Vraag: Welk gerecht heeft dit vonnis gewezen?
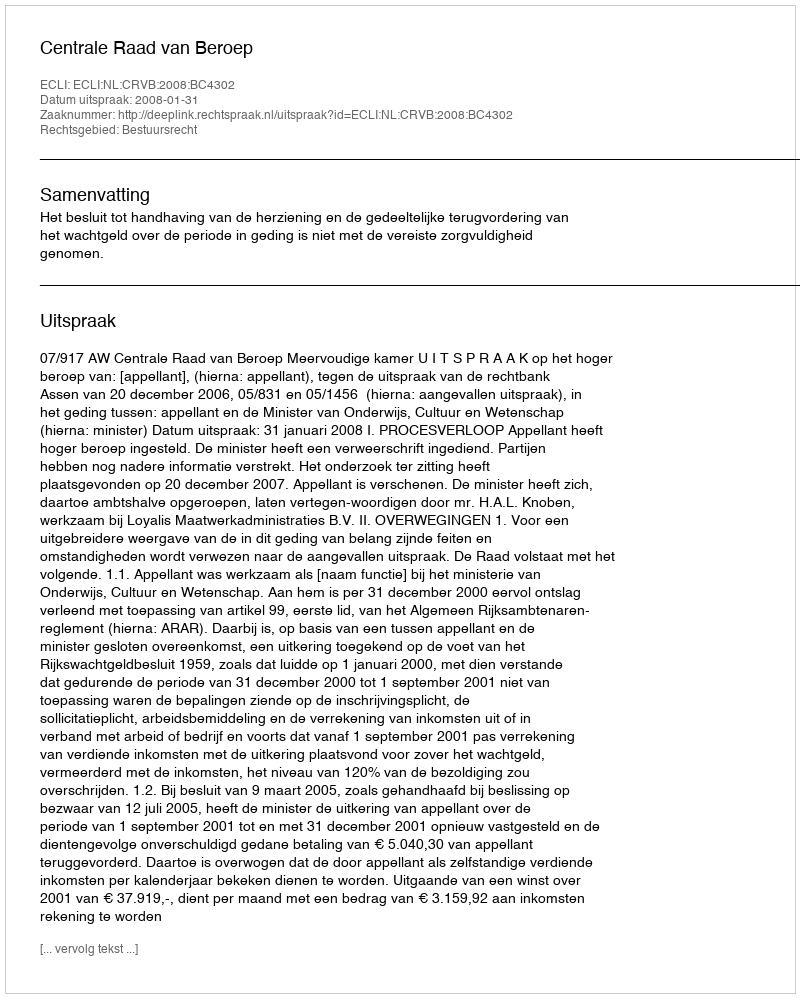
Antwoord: Centrale Raad van Beroep